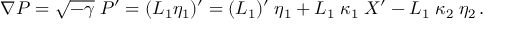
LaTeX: \nabla P = \sqrt { - \gamma } \; P { } ^ { \prime } = ( L _ { 1 } \eta _ { 1 } ) { } ^ { \prime } = ( L _ { 1 } ) ^ { \prime } \; \eta _ { 1 } + L _ { 1 } \; \kappa _ { 1 } \; X ^ { \prime } - L _ { 1 } \; \kappa _ { 2 } \; \eta _ { 2 } \, .